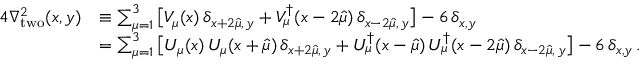
\begin{array} { r l } { 4 \nabla _ { \mathrm { t w o } } ^ { 2 } ( x , y ) } & { \equiv \sum _ { \mu = 1 } ^ { 3 } \big [ V _ { \mu } ( x ) \, \delta _ { x + 2 \hat { \mu } , \, y } + V _ { \mu } ^ { \dagger } ( x - 2 \hat { \mu } ) \, \delta _ { x - 2 \hat { \mu } , \, y } \big ] - 6 \, \delta _ { x , y } } \\ & { = \sum _ { \mu = 1 } ^ { 3 } \big [ U _ { \mu } ( x ) \, U _ { \mu } ( x + \hat { \mu } ) \, \delta _ { x + 2 \hat { \mu } , \, y } + U _ { \mu } ^ { \dagger } ( x - \hat { \mu } ) \, U _ { \mu } ^ { \dagger } ( x - 2 \hat { \mu } ) \, \delta _ { x - 2 \hat { \mu } , \, y } \big ] - 6 \, \delta _ { x , y } \, . } \end{array}